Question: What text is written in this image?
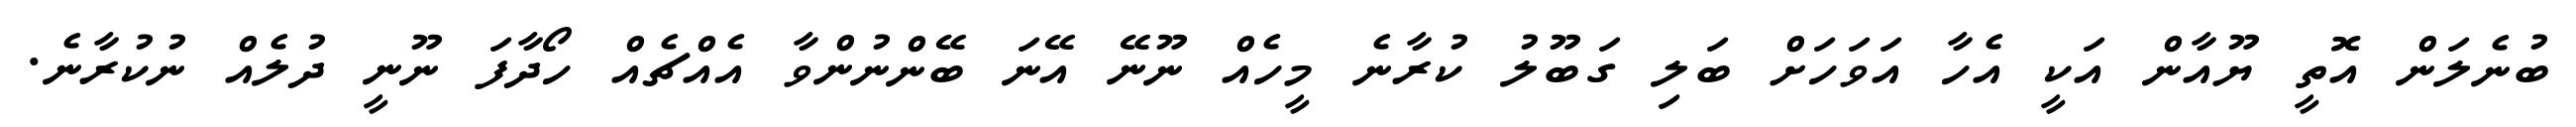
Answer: ބުނެލަން އޮތީ ޔޫއާން އަކީ އެހާ އަވަހަށް ބަލި ގަބޫލު ކުރާނެ މީހެއް ނޫނޭ އޭނަ ބޭންނުންވާ އެއްޗެއް ހޯދާފަ ނޫނީ ދުލެއް ނުކުރާނެ.